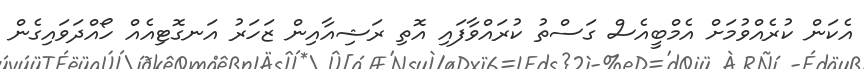
އެކަން ކުރެއްވުމަށް އެމްބީއެސް ގަސްތު ކުރައްވާފައި އޮތި ރަޝިއާއިން ޒަހަރު އަނގޮޓިއެއް ހޯއްދަވައިގެން